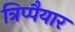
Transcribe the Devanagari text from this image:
त्रिप्पैयार